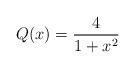
LaTeX: \begin{align*}Q(x) = \frac{4}{1+x^2}\end{align*}